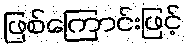
ဖြစ်ကြောင်းဖြင့်